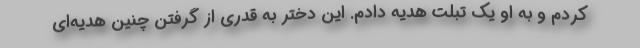
کردم و به او یک تبلت هدیه دادم. این دختر به قدری از گرفتن چنین هدیه‌ای